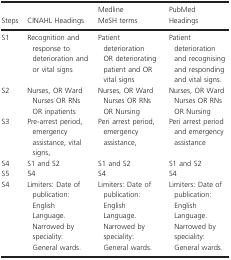
| Steps | CINAHL Headings | Medline MeSH terms | PubMed Headings |
 | --- | --- | --- | --- |
 | S1 | Recognition and response to deterioration and or vital signs | Patient deteriorationOR deteriorating patient and OR vital signs | Patient deterioration and recognising and responding and vital signs. |
 | S2 | Nurses, OR Ward Nurses OR RNs OR inpatients | Nurses, OR Ward Nurses OR RNs OR Nursing | Nurses, OR Ward Nurses OR RNs OR Nursing |
 | S3 | Pre‐arrest period, emergency assistance, vital signs, | Peri arrest period, emergency assistance, | Peri arrest period and emergency assistance |
 | S4 | S1 and S2 | S1 and S2 | S1 and S2 |
 | S5 | 54 | S4 | S4 |
 | S4 | Limiters: Date of publication: English Language. Narrowed by speciality: General wards. | Limiters: Date of publication: English Language. Narrowed by speciality: General wards. | Limiters: Date of publication: English Language. Narrowed by speciality: General wards. |